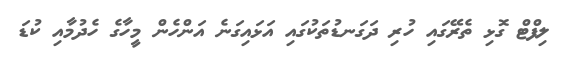
ލިފްޓް ގޮޅި ތެރޭގައި ހުރި ދަގަނޑުތަކުގައި އަޅައިގަނެ އަންހެން މީހާގެ ހެދުމާއި ކުޑަ